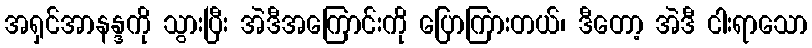
အရှင်အာနန္ဒကို သွားပြီး အဲဒီအကြောင်းကို ပြောကြားတယ်၊ ဒီတော့ အဲဒီ ငါးရာသော